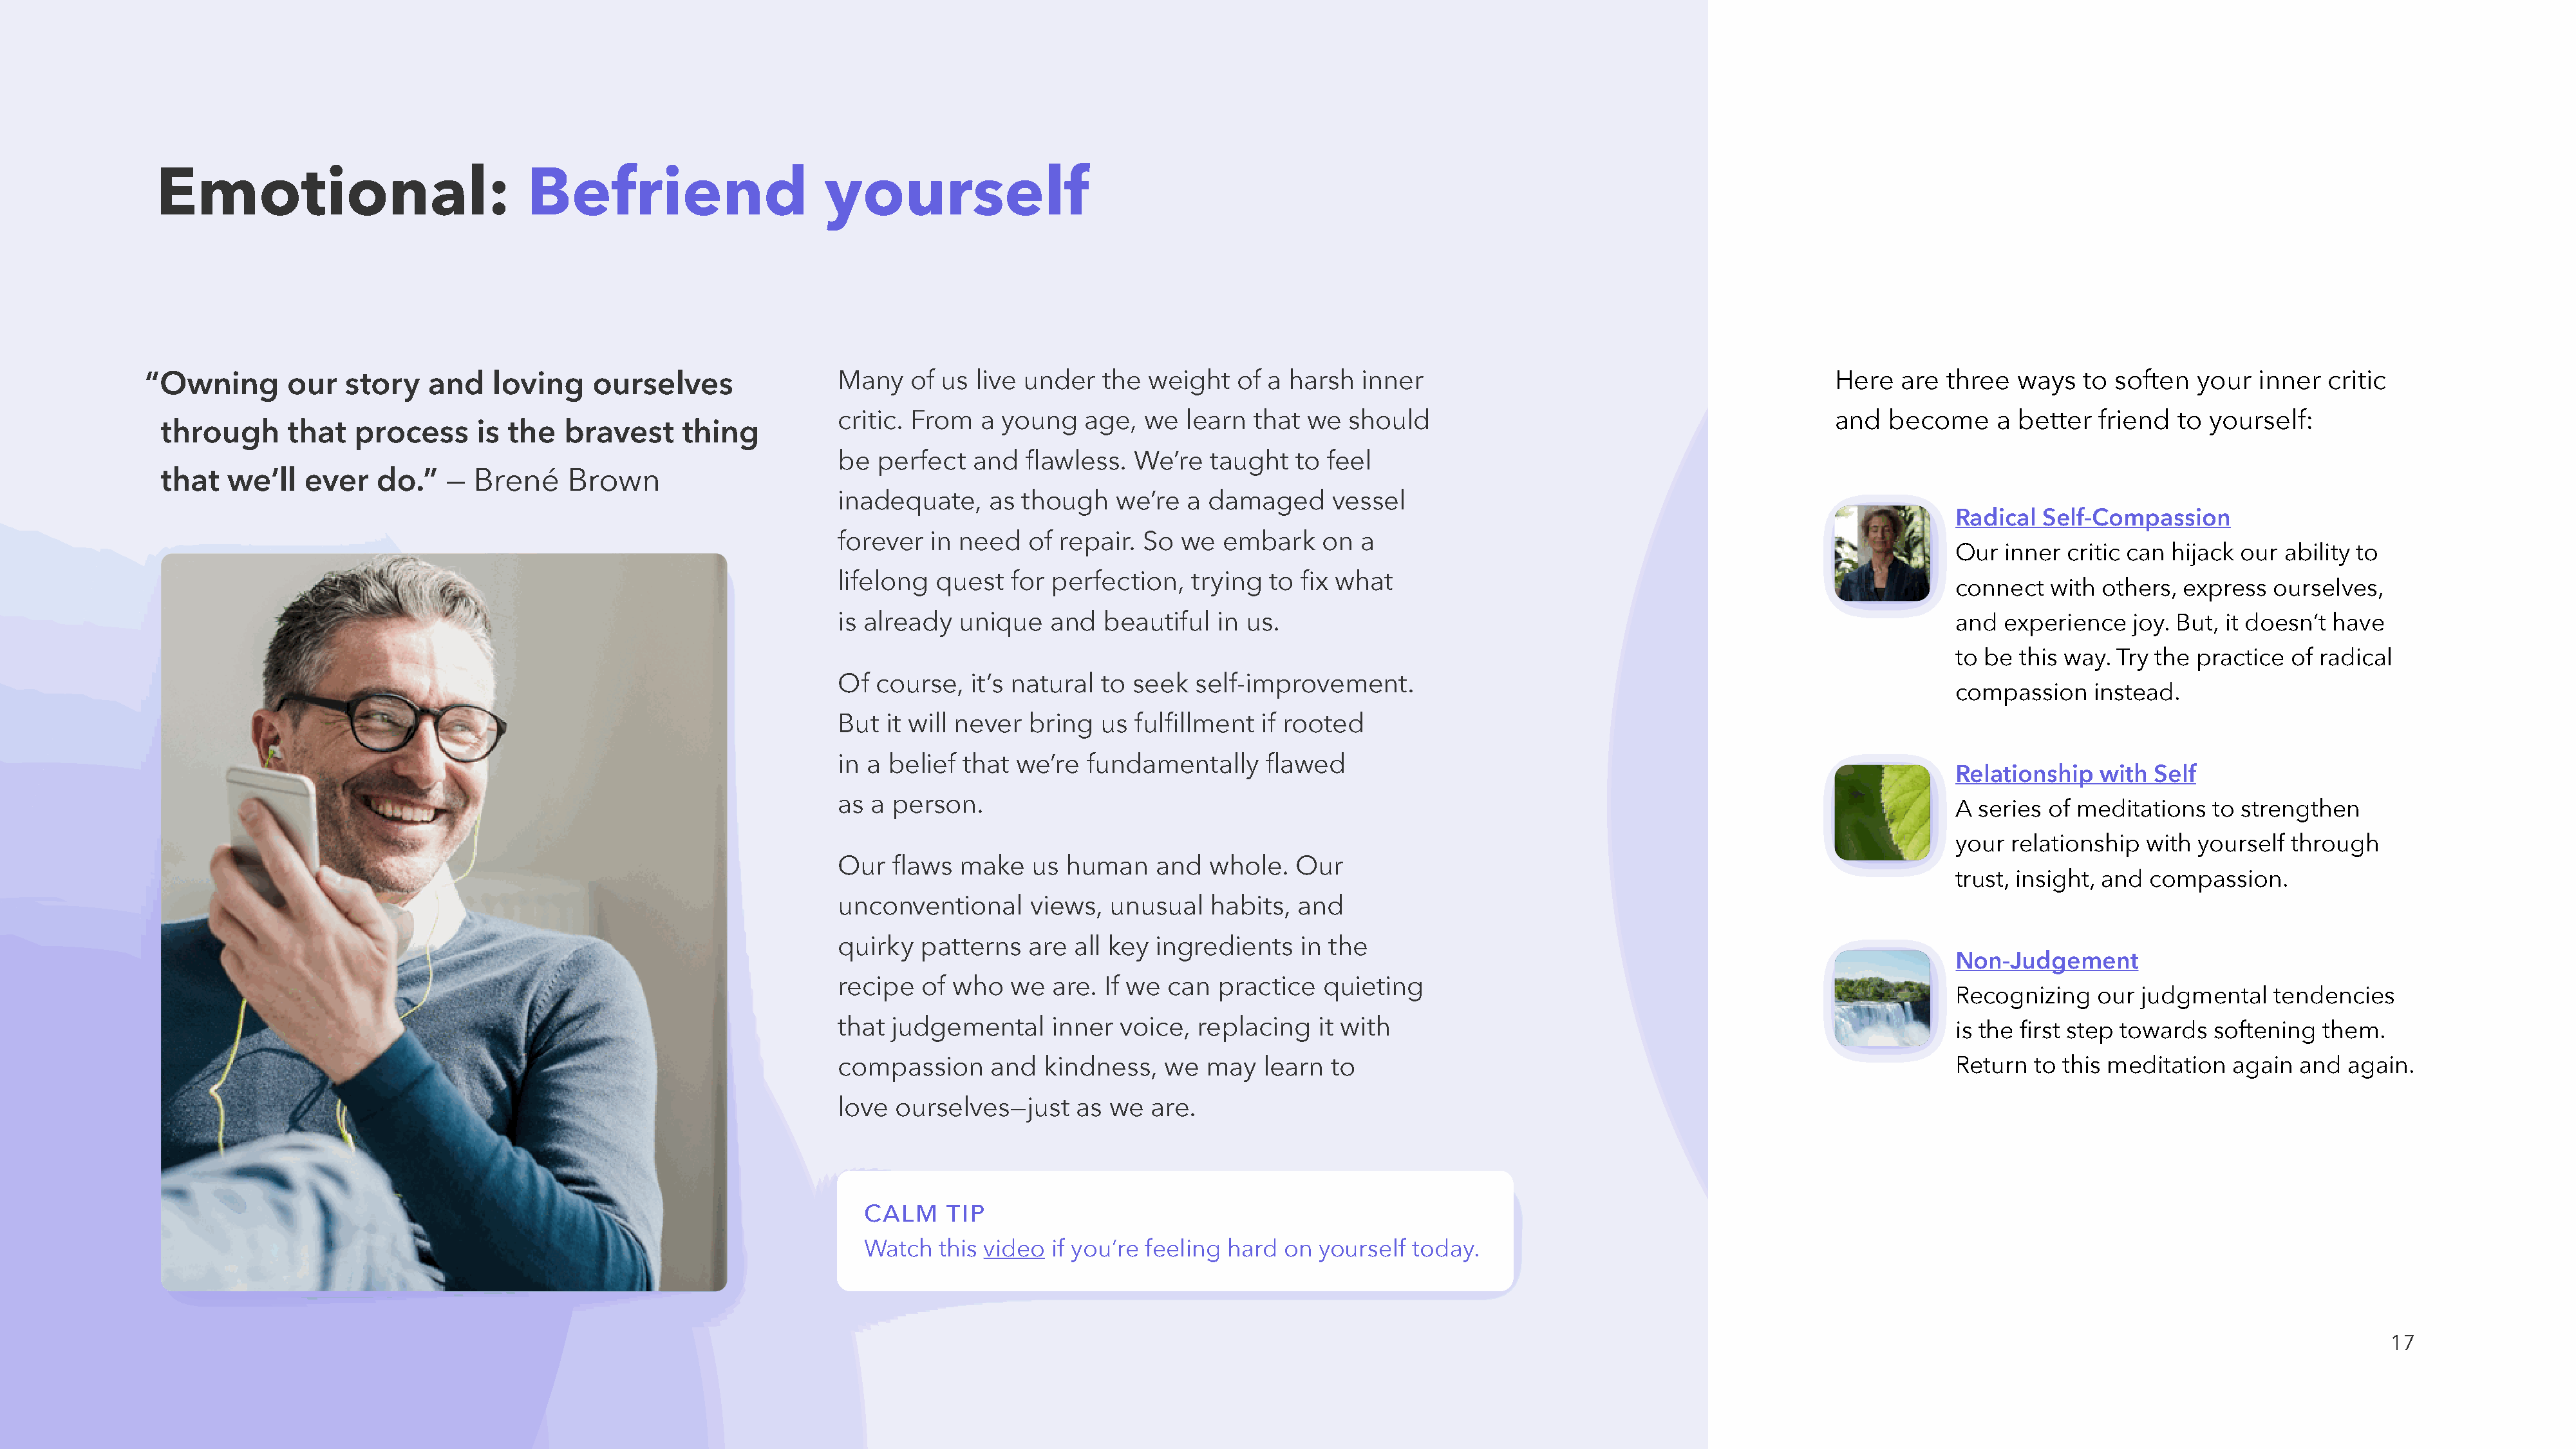
Emotional:                            Befriend                       yourself
 “O  wning      our  story    and    loving    ourselves                Many    of us live under   the  weight   of a harsh   inner                                            Here  are  three  ways   to soften   your  inner  critic
 critic. From   a young    age,  we  learn  that we   should                                            and  become     a better   friend  to yourself:
 through      that  process      is the   bravest     thing
 be  perfect   and  flawless.   We’re  taught   to feel
 that  we’ll   ever    do.”   —  Brené    Brown
 inadequate,     as though    we’re  a damaged      vessel
 Radical  Self-Compassion
 forever   in need   of repair. So  we   embark    on  a
 Our  inner  critic can hijack our ability to
 lifelong  quest   for perfection,   trying  to  fix what
 connect   with others, express   ourselves,
 is already   unique   and  beautiful   in us.                                                                      and  experience   joy. But, it doesn’t have
 to be  this way. Try the practice of radical
 Of  course,   it’s natural to seek   self-improvement.
 compassion    instead.
 But  it will never  bring  us  fulfillment  if rooted
 in a belief  that we’re   fundamentally     flawed
 Relationship   with Self
 as  a person.
 A series  of meditations  to strengthen
 your  relationship  with yourself  through
 Our   flaws  make   us  human    and  whole.   Our
 trust, insight, and compassion.
 unconventional      views,  unusual   habits,  and
 quirky   patterns   are all key  ingredients    in the
 Non-Judgement
 recipe   of who   we  are. If we  can  practice   quieting
 Recognizing    our judgmental    tendencies
 that  judgemental     inner  voice,  replacing   it with
 is the first step towards  softening  them.
 compassion      and  kindness,    we  may   learn  to                                                              Return  to this meditation  again  and  again.
 love  ourselves—just     as we  are.
 CALM    TIP
 Watch   this video if you’re feeling hard  on  yourself today.
 17